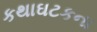
કથાઘટકના